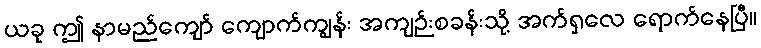
ယခု ဤ နာမည်ကျော် ကျောက်ကျွန်း အကျဉ်းစခန်းသို့ အက်ရှလေ ရောက်နေပြီ။